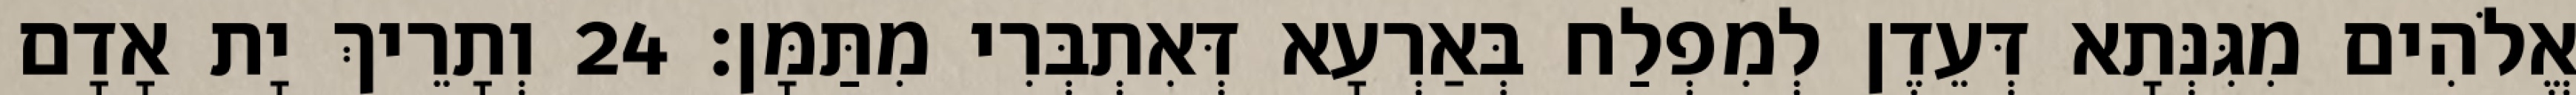
אֱלֹהִים מִגִּנְּתָא דְּעֵדֶן לְמִפְלַח בְּאַרְעָא דְּאִתְבְּרִי מִתַּמָּן׃ 24 וְתָרֵיךְ יָת אָדָם